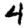
Digit: 4